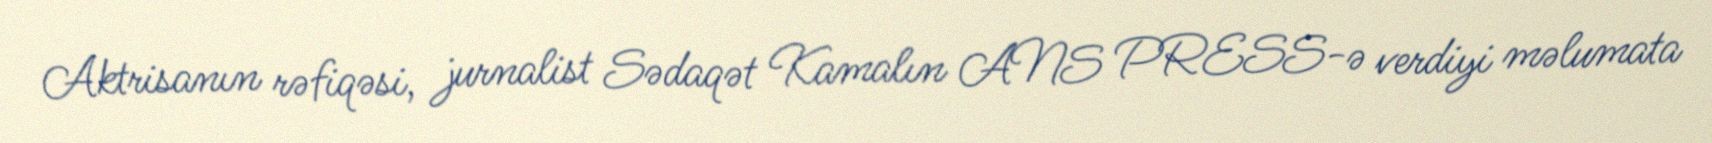
Aktrisanın rəfiqəsi, jurnalist Sədaqət Kamalın ANS PRESS-ə verdiyi məlumata